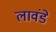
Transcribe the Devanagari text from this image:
लावंडे